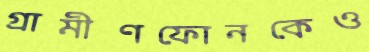
গ্রামীণফোনকেও